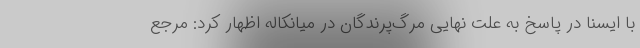
با ایسنا در پاسخ به علت نهایی مرگ‌پرندگان در میانکاله اظهار کرد: مرجع